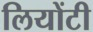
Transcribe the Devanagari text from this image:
लियोंटी